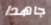
جاهدا